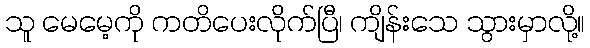
သူ မေမေ့ကို ကတိပေးလိုက်ပြီ၊ ကျိန်းသေ သွားမှာလို့။